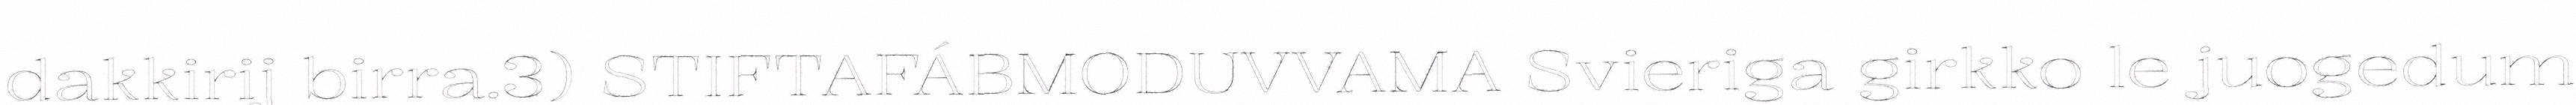
dakkirij birra.3) STIFTAFÁBMODUVVAMA Svieriga girkko le juogedum